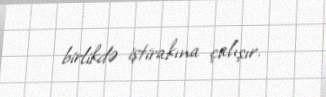
birlikdə iştirakına çalışır.